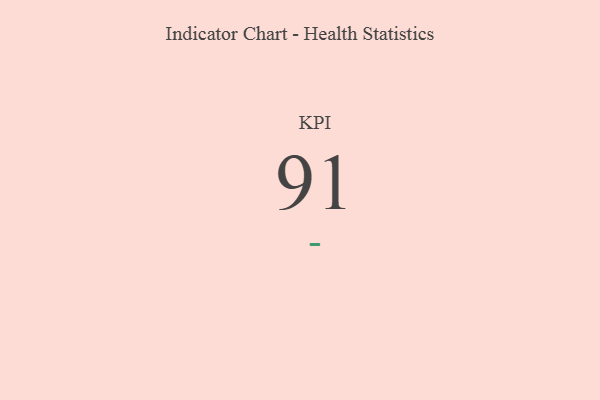
{"axis": {"x": "KPI", "y": "Value"}, "legend": [""], "data": [{"x": "KPI", "y": 91, "type": ""}]}